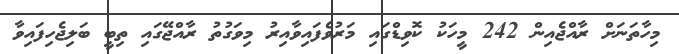
މިހާތަނަށް ރާއްޖެއިން 242 މީހަކު ކޮވިޑްގައި މަރުވެފައިވާއިރު މިވަގުތު ރާއްޖޭގައި ތިބީ ބަލިޖެހިފައިވާ